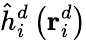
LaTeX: \hat{h}_{i}^{d}\left(\textbf{r}_{i}^{d}\right)